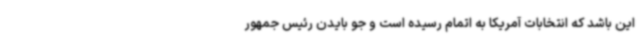
این باشد که انتخابات آمریکا به اتمام رسیده است و جو بایدن رئیس جمهور